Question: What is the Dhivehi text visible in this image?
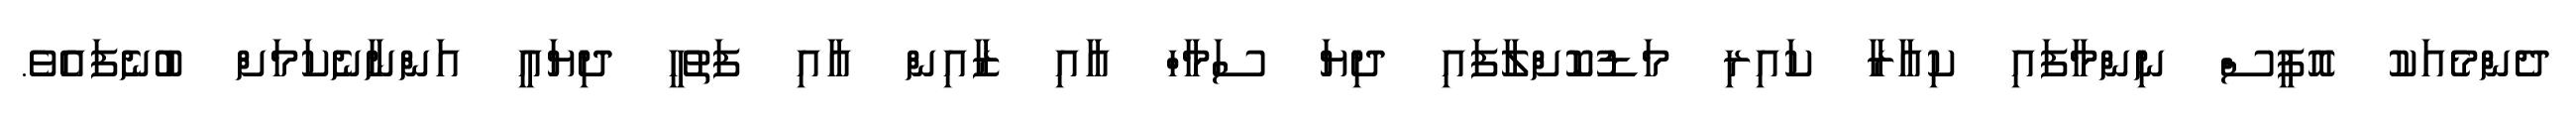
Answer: ދެންމެއަކު އޮފީސް ނިންމާފައި ކިއާރާ ކައިރި މަޑުކޮށްލާފައި ދިޔަ ސަމާހް އާއި ޒާއިން އާއި ފަތުހީ ދިޔައީ އަންނާނެކަމަށް ބުނެފައެވެ.